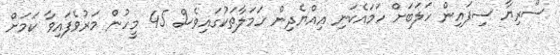
ސޫރިޔާ ސިފައިން ހަލަބަށް ހަމައެކަނި އިއްޔެދިން ހަމަލާތަކުގައިވެސް 45 މީހުން މަރުވެފައިވާ ކަމަށް